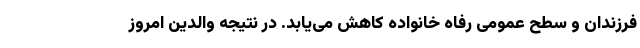
فرزندان و سطح عمومی رفاه خانواده کاهش می‌یابد. در نتیجه والدین امروز